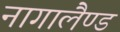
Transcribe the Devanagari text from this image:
नागालैण्‍ड